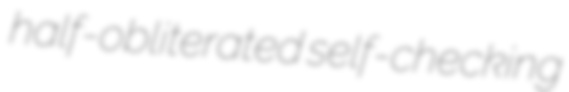
half-obliterated self-checking